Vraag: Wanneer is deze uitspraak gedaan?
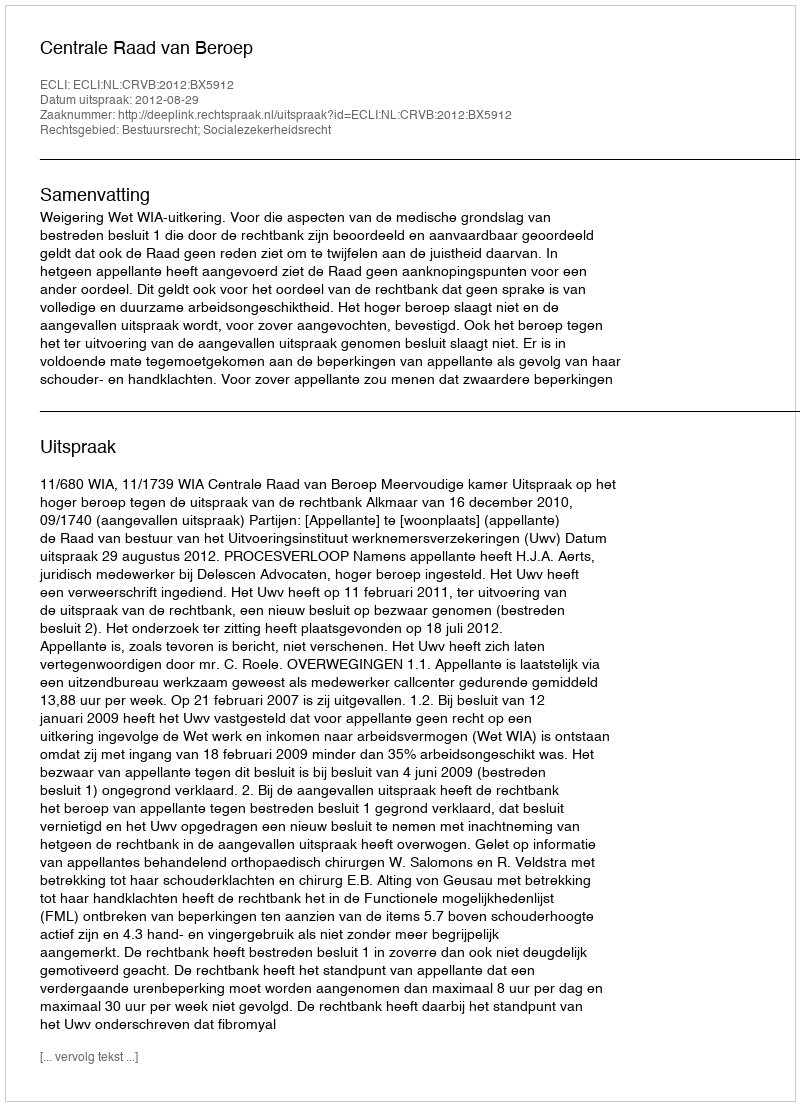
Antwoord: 2012-08-29